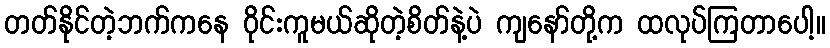
တတ်နိုင်တဲ့ဘက်ကနေ ဝိုင်းကူမယ်ဆိုတဲ့စိတ်နဲ့ပဲ ကျနော်တို့က ထလုပ်ကြတာပေါ့။